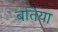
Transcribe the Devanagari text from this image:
बतिया